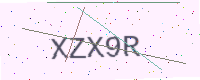
Text: XZX9R